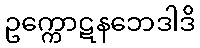
ဥက္ကောဋနဘေဒါဒိ